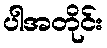
ပါအတိုင်း